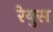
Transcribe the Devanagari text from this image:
रेयुस